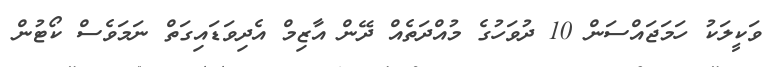
ވަކީލަކު ހަމަޖައްސަން 10 ދުވަހުގެ މުއްދަތެއް ދޭން އާޒިމް އެދިވަޑައިގަތް ނަމަވެސް ކޯޓުން